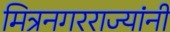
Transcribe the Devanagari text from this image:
मित्रनगरराज्यांनी